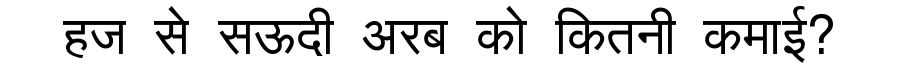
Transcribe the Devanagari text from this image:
हज से सऊदी अरब को कितनी कमाई?